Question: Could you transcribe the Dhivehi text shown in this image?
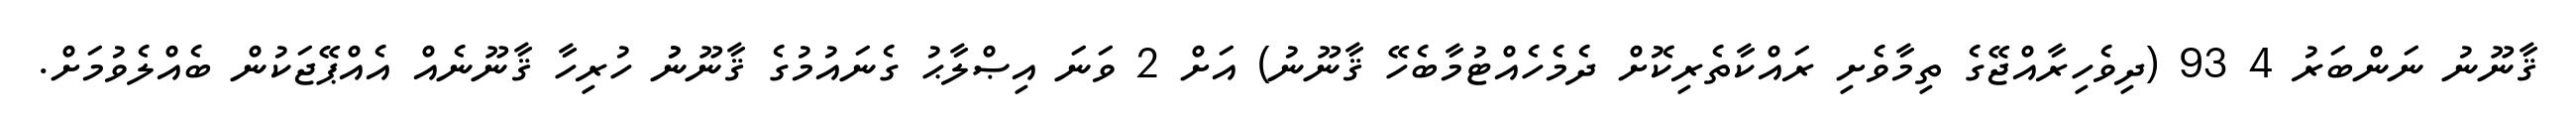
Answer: ޤާނޫނު ނަންބަރު 4 93 (ދިވެހިރާއްޖޭގެ ތިމާވެށި ރައްކާތެރިކޮށް ދެމެހެއްޓުމާބެހޭ ޤާނޫނު) އަށް 2 ވަނަ އިޞްލާޙު ގެނައުމުގެ ޤާނޫނުު ހުރިހާ ޤާނޫނެއް އެއްޕޭޖަކުން ބެއްލެވުމަށް.